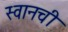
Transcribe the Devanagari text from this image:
स्वानची